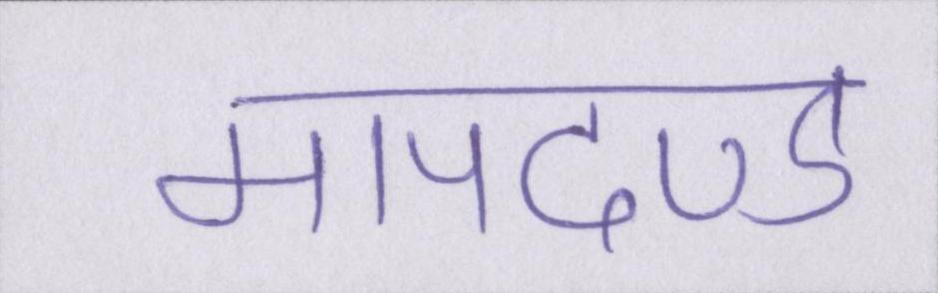
मापदण्ड